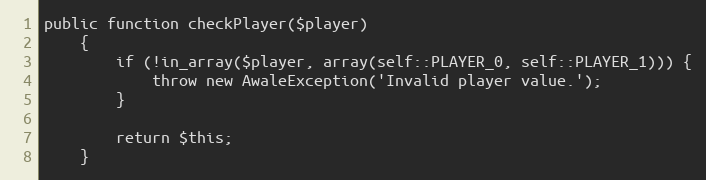
Language: PHP
public function checkPlayer($player)
    {
        if (!in_array($player, array(self::PLAYER_0, self::PLAYER_1))) {
            throw new AwaleException('Invalid player value.');
        }

        return $this;
    }